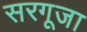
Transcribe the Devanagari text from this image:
सरगूजा